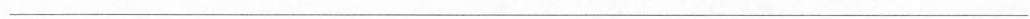
___